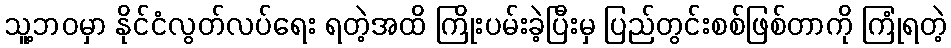
သူ့ဘဝမှာ နိုင်ငံလွတ်လပ်ရေး ရတဲ့အထိ ကြိုးပမ်းခဲ့ပြီးမှ ပြည်တွင်းစစ်ဖြစ်တာကို ကြုံရတဲ့